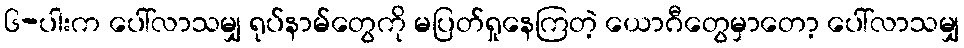
၆-ပါးက ပေါ်လာသမျှ ရုပ်နာမ်တွေကို မပြတ်ရှုနေကြတဲ့ ယောဂီတွေမှာတော့ ပေါ်လာသမျှ